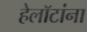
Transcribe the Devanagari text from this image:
हेलॉटांना